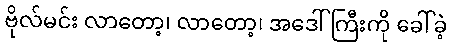
ဗိုလ်မင်း လာတော့၊ လာတော့၊ အဒေါ်ကြီးကို ခေါ်ခဲ့